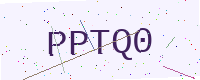
Text: PPTQ0